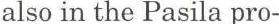
also in the Pasila pro-